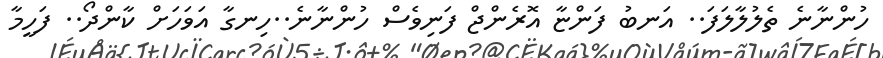
ހުންނާނެ ތެލުލާލަފަ.. އަނބު ފަންޏާ އޮރެންޖް ފަނިވެސް ހުންނާނެ..ހިނގާ އަވަަހަށް ކާންދޯ.. ފަހީމާ